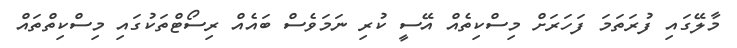
މާލޭގައި ފުރަތަމަ ފަހަރަށް މިސްކިތެއް އޭސީ ކުރި ނަމަވެސް ބައެއް ރިސޯޓްތަކުގައި މިސްކިތްތައް